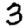
Digit: 3